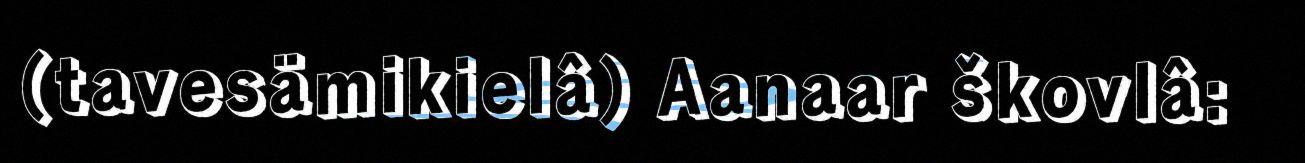
(tavesämikielâ) Aanaar škovlâ: